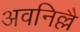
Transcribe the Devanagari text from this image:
अवनिल्लै